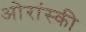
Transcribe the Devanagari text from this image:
ओरांस्की